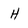
Character: H